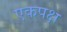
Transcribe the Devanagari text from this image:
एकपक्ष